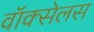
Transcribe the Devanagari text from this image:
वॉक्सेलस